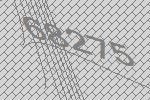
68275